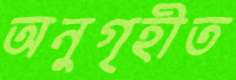
অনুগৃহীত